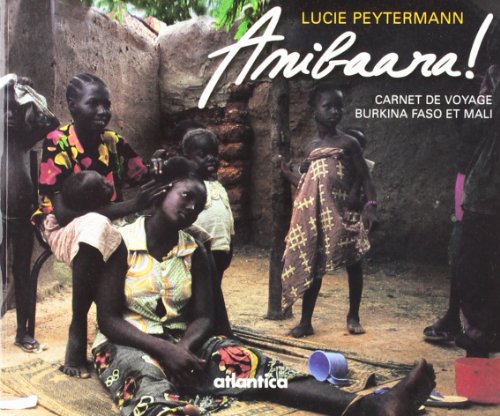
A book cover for Anibaara. carnets de voyages au mali et au burkina-faso; Lucie Peytermann; Travel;